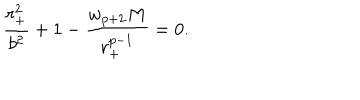
{ \frac { r _ { + } ^ { 2 } } { b ^ { 2 } } } + 1 - { \frac { w _ { p + 2 } M } { r _ { + } ^ { p - 1 } } } = 0 .